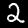
Digit: 2